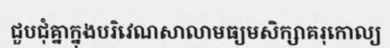
ជួបជុំគ្នាក្នុងបរិវេណសាលាមធ្យមសិក្សាគរុកោល្យ